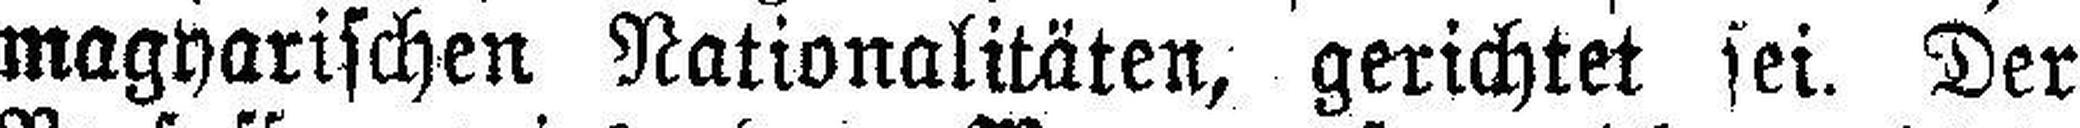
magyarischen Nationalitäten, gerichtet sei. Der